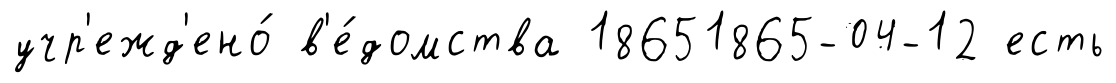
учр'ежд'ено́ в'е́домства 18651865-04-12 есть